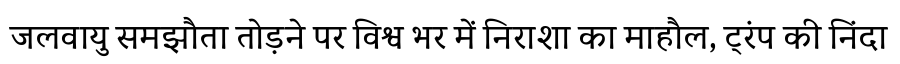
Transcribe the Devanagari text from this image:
जलवायु समझौता तोड़ने पर विश्व भर में निराशा का माहौल, ट्रंप की निंदा